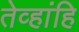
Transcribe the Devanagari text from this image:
तेव्हांहि